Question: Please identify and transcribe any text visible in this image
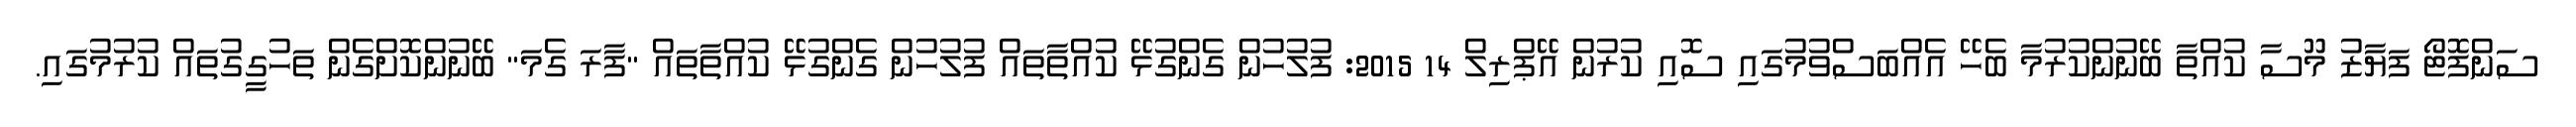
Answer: ސަންފޮޓޯ ފަޔާޒު މޫސާ ކުއްތާ ބޭނުންކުރުމާ ބެހޭ އެއްބަސްވުމުގައި ސޮއި ކުރުން އޭޕްރިލް 14 2015: ފުލުހުން ގެންގުޅޭ ކުއްތާތައް ފުލުހުން ގެންގުޅޭ ކުއްތާތައް "ފާރަ ގެމަ" ބޭނުންކޮށްގެން ތަހުގީގުތައް ކުރުމުގައި.